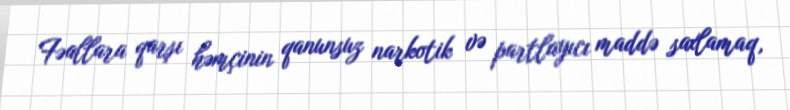
Fəallara qarşı həmçinin qanunsuz narkotik və partlayıcı maddə saxlamaq,